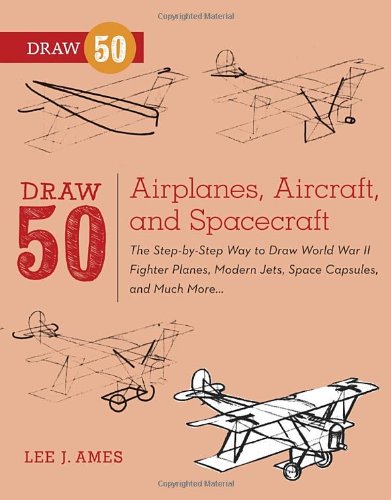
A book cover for Draw 50 Airplanes, Aircraft, and Spacecraft: The Step-by-Step Way to Draw World War II Fighter Planes, Modern Jets, Space Capsules, and Much More...; Lee J. Ames; Children's Books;